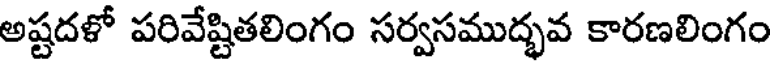
అష్టదళో పరివేష్టితలింగం సర్వసముద్భవ కారణలింగం